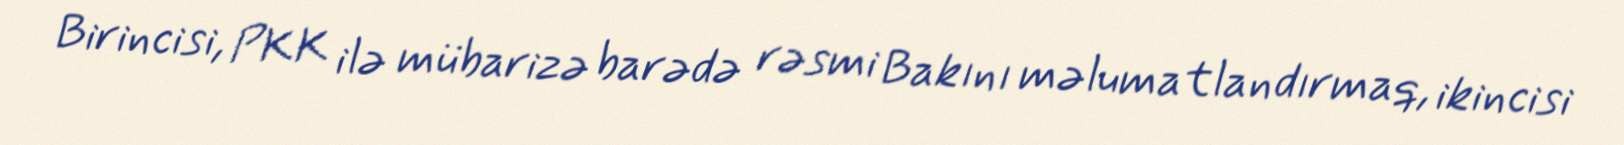
Birincisi, PKK ilə mübarizə barədə rəsmi Bakını məlumatlandırmaq, ikincisi